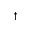
^ \dag